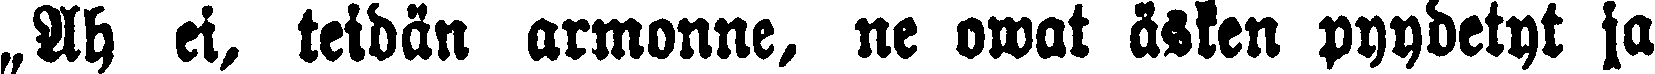
„Ah ei, teidän armonne, ne owat äsken pyydetyt ja